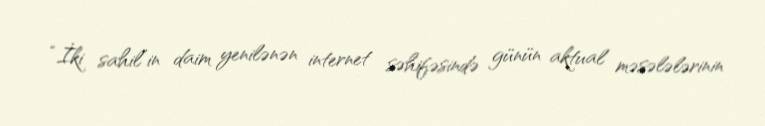
“İki sahil”in daim yenilənən internet səhifəsində günün aktual məsələlərinin